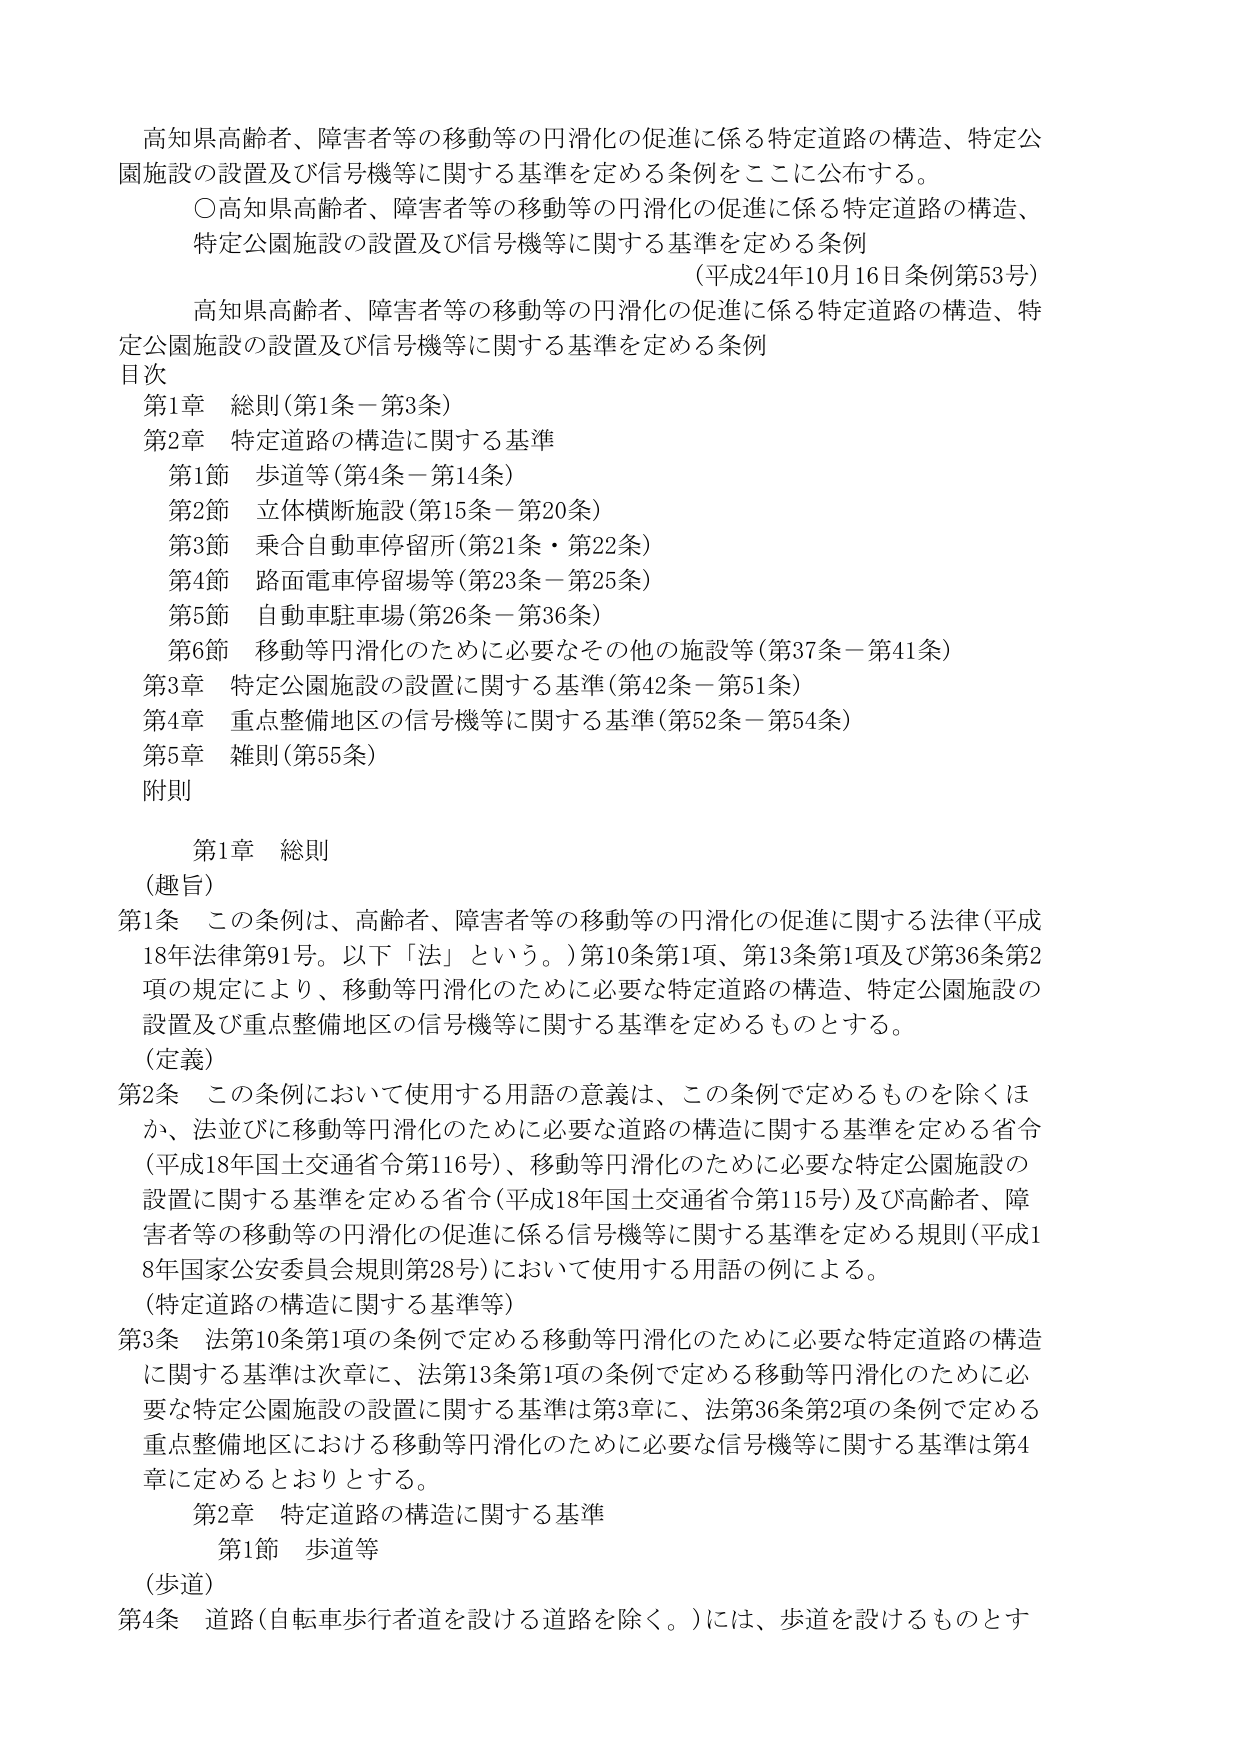
高知県高齢者、障害者等の移動等の円滑化の促進に係る特定道路の構造、特定公園施設の設置及び信号機等に関する基準を定める条例をここに公布する。

〇高知県高齢者、障害者等の移動等の円滑化の促進に係る特定道路の構造、特定公園施設の設置及び信号機等に関する基準を定める条例
（平成24年10月16日条例第53号）

高知県高齢者、障害者等の移動等の円滑化の促進に係る特定道路の構造、特定公園施設の設置及び信号機等に関する基準を定める条例

目次
第1章 総則（第1条－第3条）
第2章 特定道路の構造に関する基準
　第1節 歩道等（第4条－第14条）
　第2節 立体横断施設（第15条－第20条）
　第3節 乗合自動車停留所（第21条・第22条）
　第4節 路面電車停留場等（第23条－第25条）
　第5節 自動車駐車場（第26条－第36条）
　第6節 移動等円滑化のために必要なその他の施設等（第37条－第41条）
第3章 特定公園施設の設置に関する基準（第42条－第51条）
第4章 重点整備地区の信号機等に関する基準（第52条－第54条）
第5章 雑則（第55条）
附則

第1章 総則
（趣旨）
第1条 この条例は、高齢者、障害者等の移動等の円滑化の促進に関する法律（平成18年法律第91号。以下「法」という。）第10条第1項、第13条第1項及び第36条第2項の規定により、移動等円滑化のために必要な特定道路の構造、特定公園施設の設置及び重点整備地区の信号機等に関する基準を定めるものとする。

（定義）
第2条 この条例において使用する用語の意義は、この条例で定めるものを除くほか、法並びに移動等円滑化のために必要な道路の構造に関する基準を定める省令（平成18年国土交通省令第116号）、移動等円滑化のために必要な特定公園施設の設置に関する基準を定める省令（平成18年国土交通省令第115号）及び高齢者、障害者等の移動等の円滑化の促進に係る信号機等に関する基準を定める規則（平成18年国家公安委員会規則第28号）において使用する用語の例による。

（特定道路の構造に関する基準等）
第3条 法第10条第1項の条例で定める移動等円滑化のために必要な特定道路の構造に関する基準は次章に、法第13条第1項の条例で定める移動等円滑化のために必要な特定公園施設の設置に関する基準は第3章に、法第36条第2項の条例で定める重点整備地区における移動等円滑化のために必要な信号機等に関する基準は第4章に定めるとおりとする。

第2章 特定道路の構造に関する基準
第1節 歩道等
（歩道）
第4条 道路（自転車歩行者道を設ける道路を除く。）には、歩道を設けるものとす